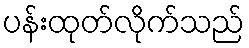
ပန်းထုတ်လိုက်သည်